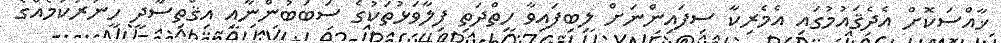
ޚާއްސަކޮށް އެދެޤައުމުގައި އެމެރިކާ ސިފައިންނަށް ލިބިފައިވާ ހިތްދަތި ފިލާވަޅުތަކުގެ ސަބަބުންނާއި އިޤްތިސާދީ ހީނަރުކަމެއްގެ